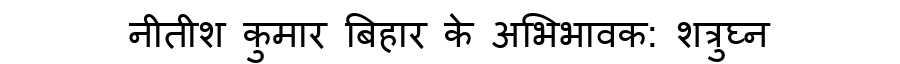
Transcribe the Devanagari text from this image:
नीतीश कुमार बिहार के अभिभावक: शत्रुघ्न